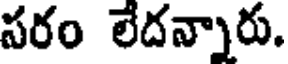
సరం లేదన్నారు.